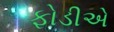
ફોડીએ